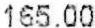
165.00